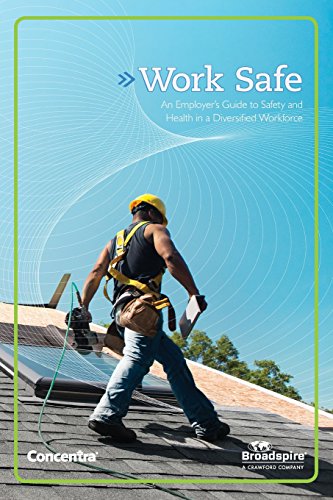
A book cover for Work Safe: An Employer's Guide to Safety and Health in a Diversified Workforce; Peter Rousmaniere; Health, Fitness & Dieting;